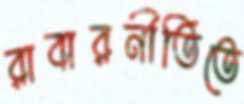
রাবারনীতিতে